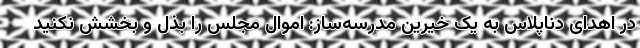
در اهدای دناپلاس به یک خیرین مدرسه‌ساز: اموال مجلس را بذل و بخشش نکنید